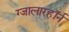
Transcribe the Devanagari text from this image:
ग्जालारहॉर्न